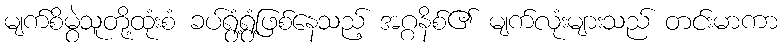
မျက်စိမွဲသူတို့ထုံးစံ ခပ်ရွံ့ရွံ့ဖြစ်နေသည့် အဂ္ဂနိစ်၏ မျက်လုံးများသည် တင်းမာကာ